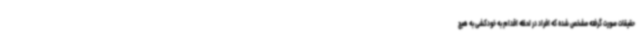
حقیقات صورت گرفته مشخص شده که افراد در لحظه اقدام به خودکشی به هیچ